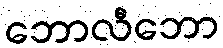
ဘောလီဘော